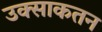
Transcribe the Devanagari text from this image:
उक्साकतन